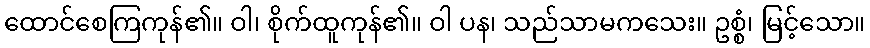
ထောင်စေကြကုန်၏။ ဝါ၊ စိုက်ထူကုန်၏။ ဝါ ပန၊ သည်သာမကသေး။ ဥစ္စံ၊ မြင့်သော။